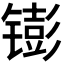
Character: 𬭵